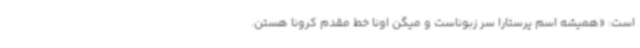
است: «همیشه اسم پرستارا سر زبوناست و میگن اونا خط مقدم کرونا هستن.